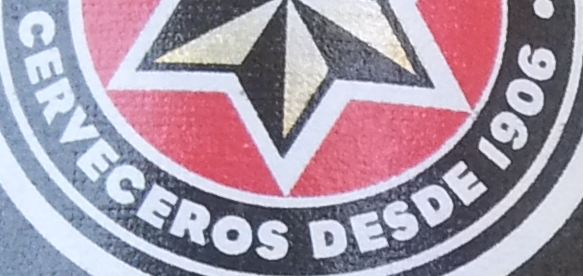
CERVECEROS DESDE 1906